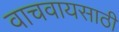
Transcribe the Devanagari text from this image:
वाचवायसाठी